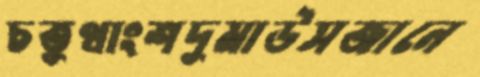
চতুথাংশদুমাউসজানে